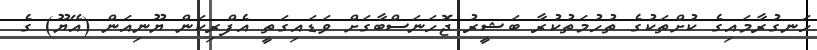
ހަނގުރާމައިގެ ކުށްތަކުގެ ތުހުމަތުކުރާ ބަޝީރު ޖޮހަނަސްބާގަށް ވަޑައިގަތީ އެފްރިކަން ޔޫނިއަން (އޭޔޫ) ގެ